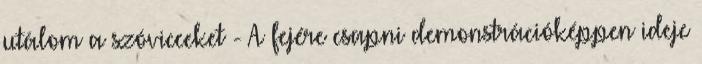
utálom a szóvicceket - A fejére csapni demonstrációképpen ideje